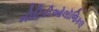
મીટિરીઓલૉજિકલ